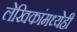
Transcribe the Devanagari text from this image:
लेखिकांमध्येही